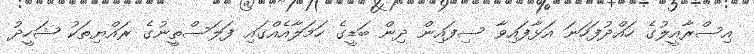
އިސްރާއީލުގެ ހައްދުފަހަނަ އަޅާފައިވާ ސިފައިން ދިން ބަޑީގެ ހަމަލާއެއްގައި ފަލަސްތީނުގެ ރައްޔިތަކު ޝަހީދު